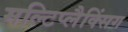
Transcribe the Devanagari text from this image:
मल्टिप्लैक्सिंग